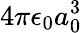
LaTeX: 4\pi\epsilon_{0}a_{0}^{3}